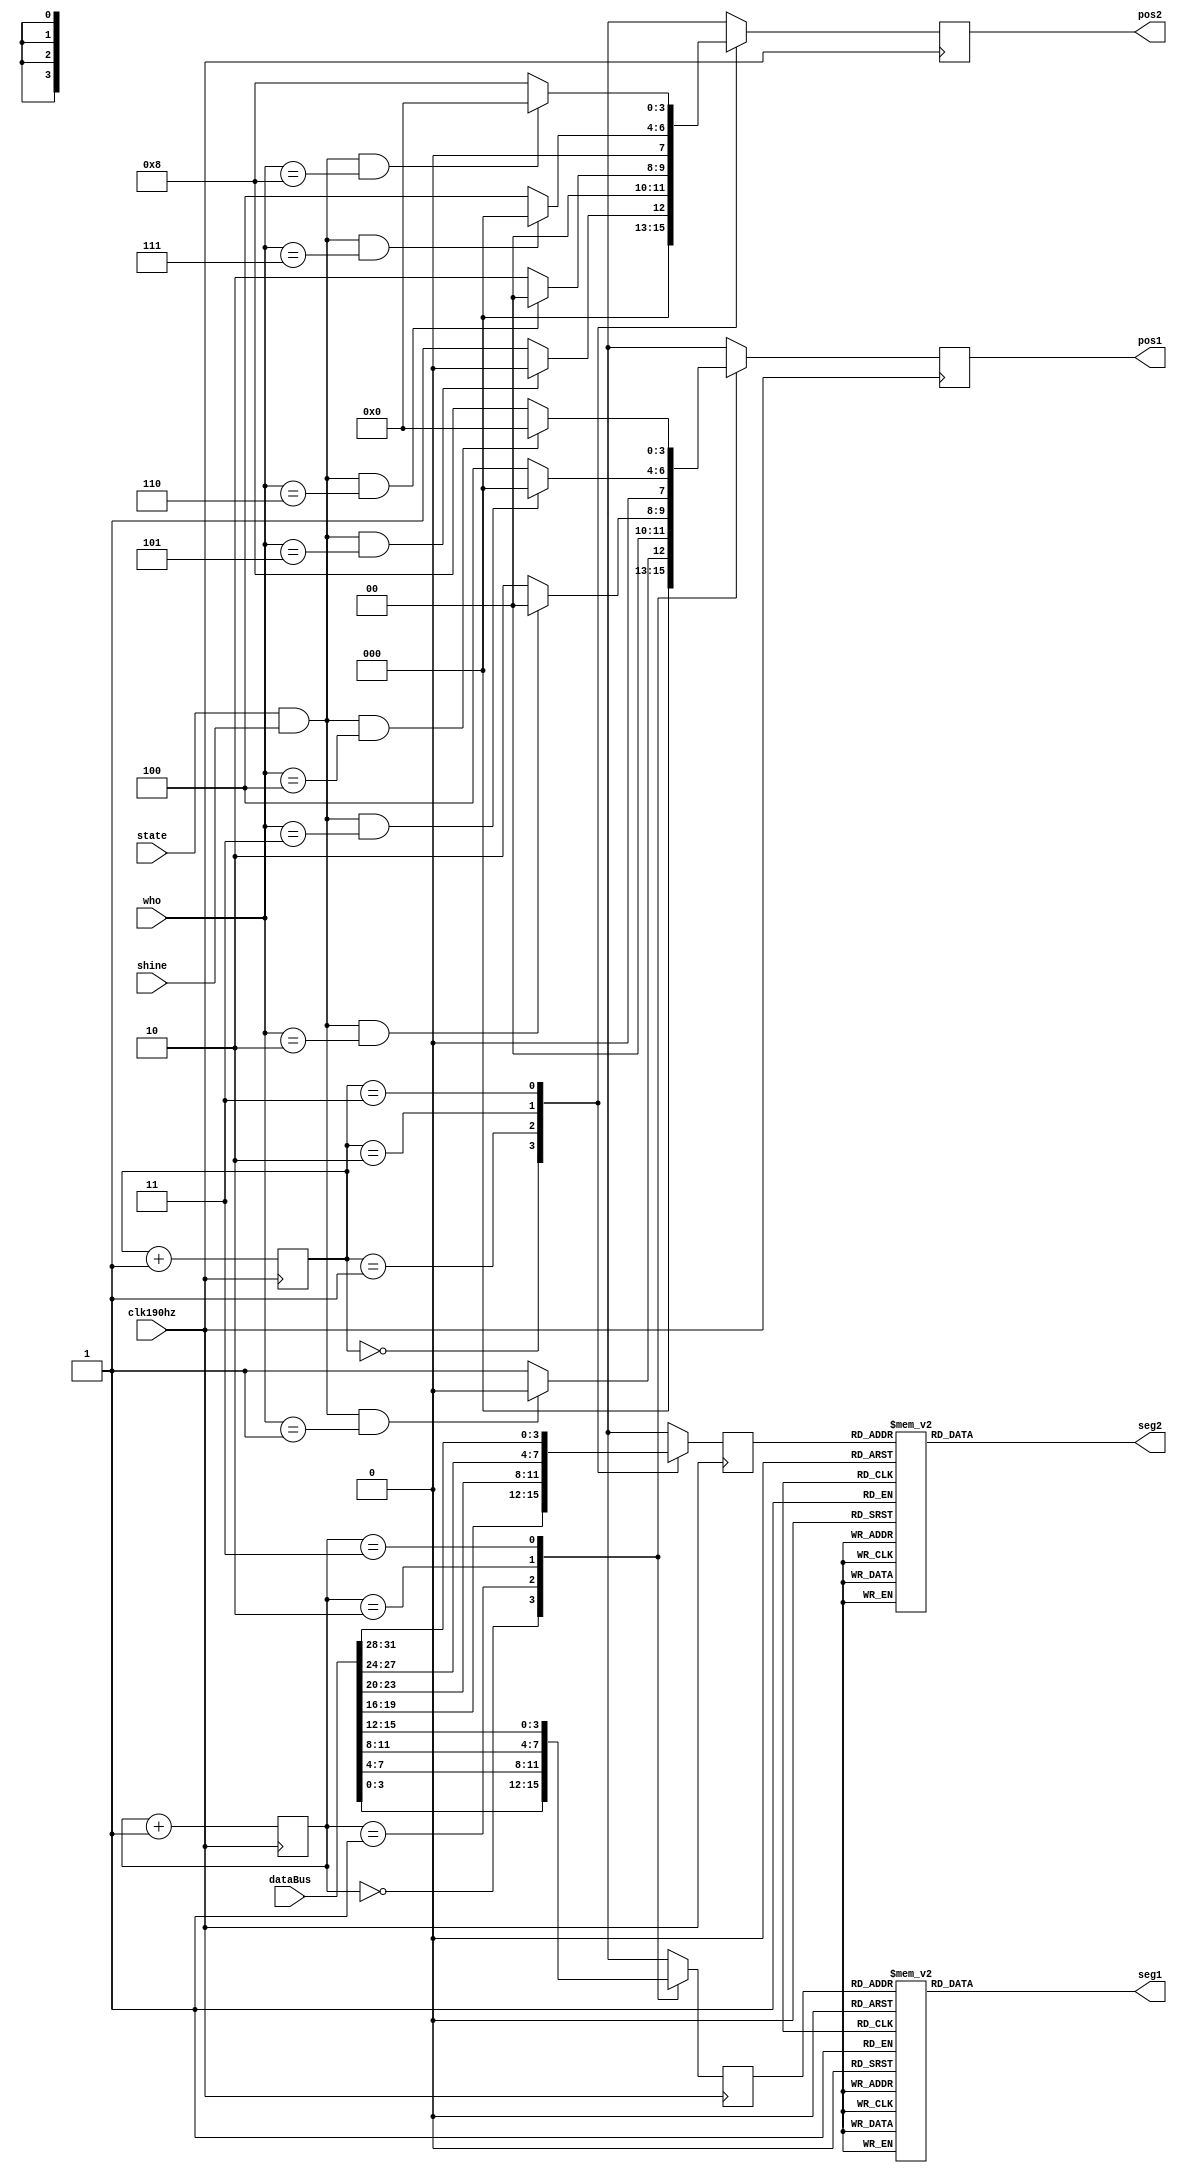

//////////////////////////////////////////////////////////////////////////////////
// Company: 
// Engineer: 
// 
// Design Name: 
// Module Name: segMsg
// Project Name: 
// Target Devices: 
// Tool Versions: 
// Description: 
// 
// Dependencies: 
// 
// Revision:
// Revision 0.01 - File Created
// Additional Comments:
// 
//////////////////////////////////////////////////////////////////////////////////


module segMsg( 
    input clk190hz,
    input [31:0]dataBus,
    input state,
    input [3:0]who,
    input shine,
    output reg [3:0]pos1,
    output reg [3:0]pos2,
    output reg [7:0]seg1,
    output reg [7:0]seg2
    );
    reg [3:0] dataP1;
    reg [3:0] dataP2;
    reg [1:0]posC1 = 0;
    reg [1:0]posC2 = 0;
    always @(posedge clk190hz) begin
        case(posC1) 
            0: begin
                if(state == 1 && shine == 1 && who == 1)
                    pos1 <= 4'b0000;
                else 
                    pos1 <= 4'b0001;
                dataP1 <= dataBus[3:0]; 
            end
            1: begin
               if(state == 1 && shine == 1 && who == 2)
                    pos1 <= 4'b0000;
                else 
                    pos1 <= 4'b0010;
                dataP1 <= dataBus[7:4];
            end
            2: begin
                if(state == 1 && shine == 1 && who == 3)
                    pos1 <= 4'b0000;
                else 
                    pos1 <= 4'b0100;
                dataP1 <= dataBus[11:8];
            end
            3: begin
                if(state == 1 && shine == 1 && who == 4)
                    pos1 <= 8'b0000;
                else 
                    pos1 <= 8'b1000;
                dataP1 <= dataBus[15:12];
            end
            
        endcase
        posC1 <= posC1 + 1;
    end 
always @(posedge clk190hz) begin
        case (posC2) 
             0: begin
                if(state == 1 && shine == 1 && who == 5)
                    pos2 <= 4'b0000;
                else 
                    pos2 <= 4'b0001;
                dataP2 <= dataBus[19:16];
                end
             1: begin
                if(state == 1 && shine == 1 && who == 6)
                    pos2 <= 4'b0000;
                else 
                    pos2 <= 4'b0010;
                dataP2 <= dataBus[23:20];
            end
            2: begin
                if(state == 1 && shine == 1 && who == 7)
                    pos2 <= 4'b0000;
                else 
                    pos2 <= 4'b0100;
                dataP2 <= dataBus[27:24];
            end
            3: begin
                if(state == 1 && shine == 1 && who == 8)
                    pos2 <= 4'b0000;
                else 
                    pos2 <= 4'b1000;
                dataP2 <= dataBus[31:28];
            end
        endcase
            posC2 <= posC2 + 1;
        end    
   always @(dataP1, dataP2) begin
        case(dataP1)
            0: seg1 = 8'b0011_1111;
            1: seg1 = 8'b0000_0110;
            2: seg1 = 8'b0101_1011;
            3: seg1 = 8'b0100_1111;
            4: seg1 = 8'b0110_0110;
            5: seg1 = 8'b0110_1101;
            6: seg1 = 8'b0111_1101;
            7: seg1 = 8'b0000_0111;
            8: seg1 = 8'b0111_1111;
            9: seg1 = 8'b0110_1111;
            10: seg1 = 8'b0011_1110;
            default seg1 = 8'b0000_1000;
        endcase
        case(dataP2)
            0: seg2 = 8'b0011_1111;
            1: seg2 = 8'b0000_0110;
            2: seg2 = 8'b0101_1011;
            3: seg2 = 8'b0100_1111;
            4: seg2 = 8'b0110_0110;
            5: seg2 = 8'b0110_1101;
            6: seg2 = 8'b0111_1101;
            7: seg2 = 8'b0000_0111;
            8: seg2 = 8'b0111_1111;
            9: seg2 = 8'b0110_1111;
            10: seg2 = 8'b0011_1110;
            default seg2 = 8'b0000_1000;
        endcase
    end
endmodule